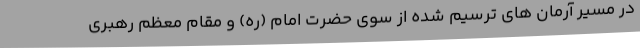
در مسیر آرمان های ترسیم شده از سوی حضرت امام (ره) و مقام معظم رهبری